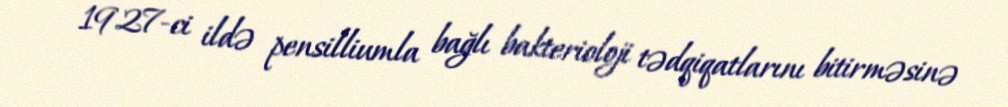
1927-ci ildə pensilliumla bağlı bakterioloji tədqiqatlarını bitirməsinə